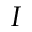
I